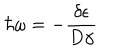
\hbar \omega = { - \frac { \delta \epsilon } { D \gamma } }